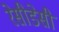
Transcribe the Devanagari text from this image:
रेसीडेसी